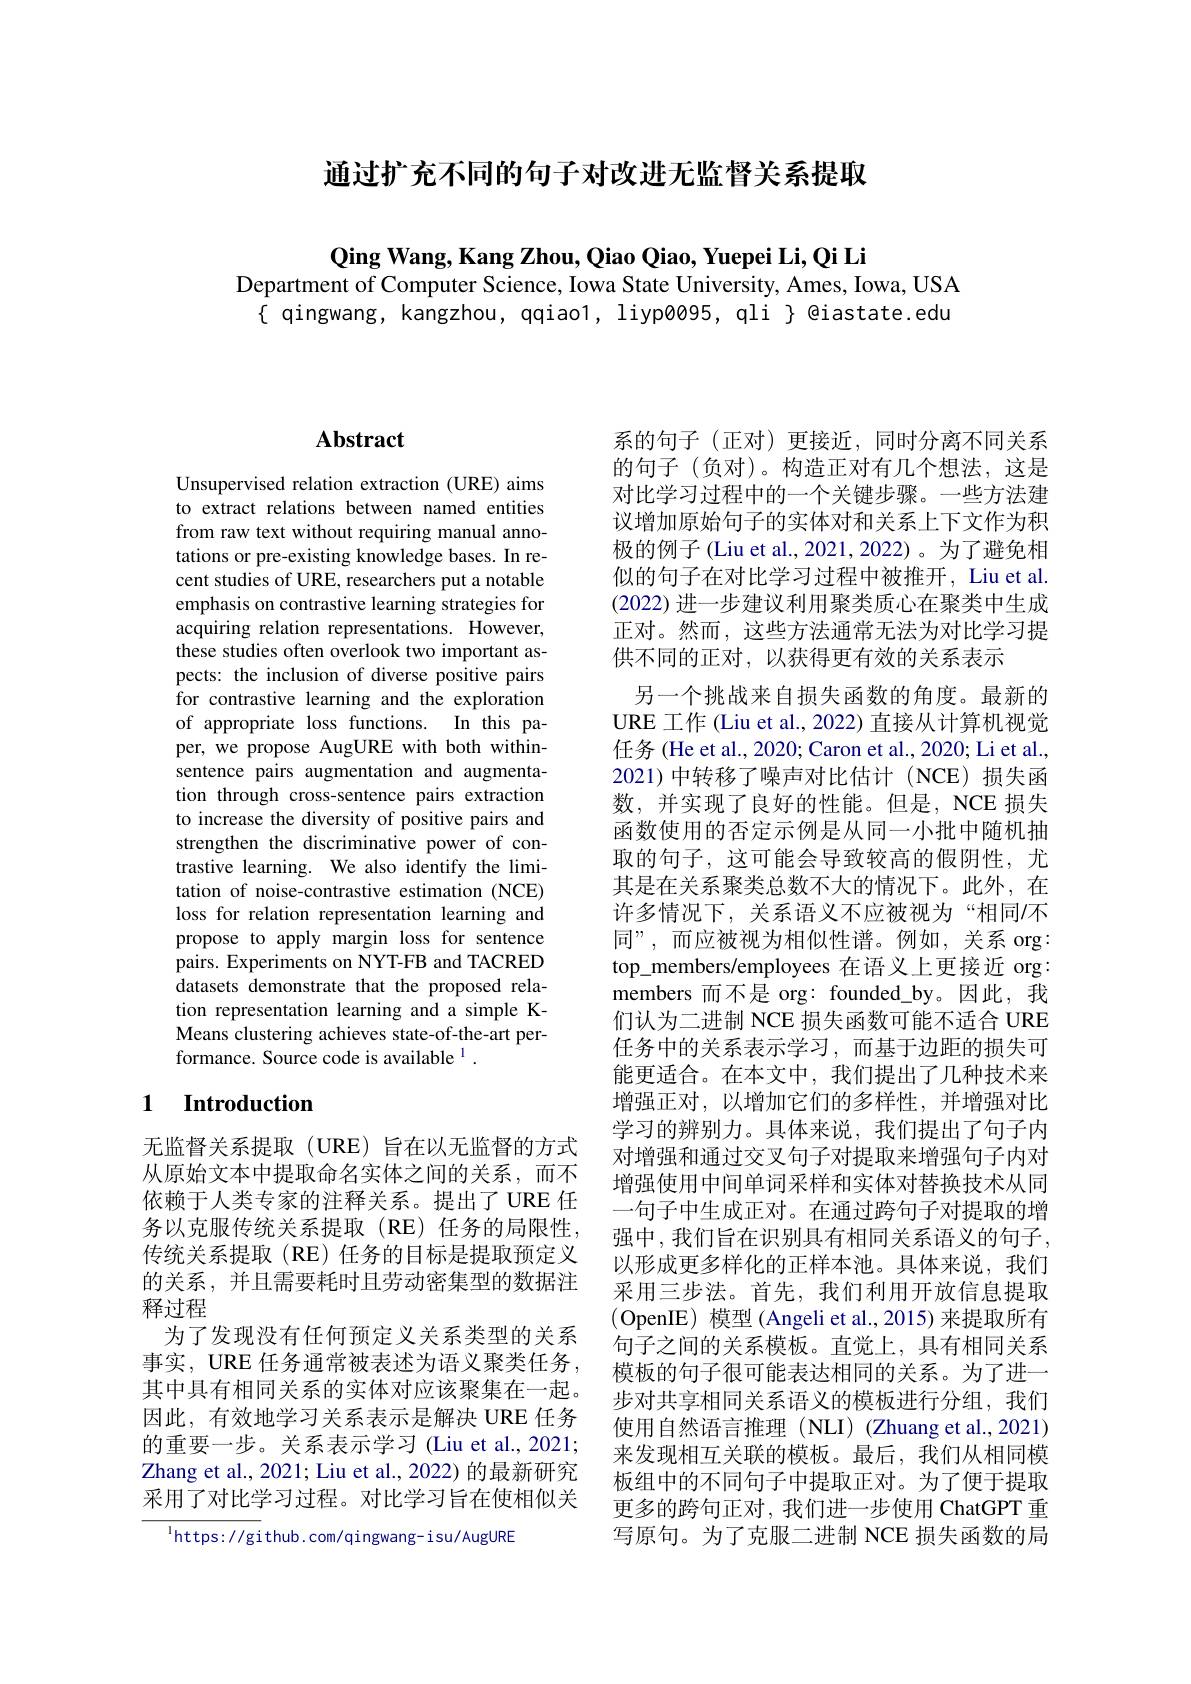
通过扩充不同的句子对改进无监督关系提取

$\textbf{Qing Wang, Kang Zhou, Qiao Qiao, Yuepei Li, Qi Li}$

Department of Computer Science, Iowa State University, Ames, Iowa, USA
$\{$ qingwang, kangzhou, qqiao1, liypøø95, qli $\}$ @iastate.edu

# Abstract

Unsupervised relation extraction (URE) aims to extract relations between named entities from raw text without requiring manual annotations or pre-existing knowledge bases. In recent studies of URE, researchers put a notable emphasis on contrastive learning strategies for acquiring relation representations. However, these studies often overlook two important aspects: the inclusion of diverse positive pairs for contrastive learning and the exploration of appropriate loss functions. In this paper, we propose AugURE with both withinsentence pairs augmentation and augmentation through cross-sentence pairs extraction to increase the diversity of positive pairs and strengthen the discriminative power of contrastive learning. We also identify the limitation of noise-contrastive estimation (NCE) loss for relation representation learning and propose to apply margin loss for sentence pairs. Experiments on NYT-FB and TACRED datasets demonstrate that the proposed relation representation learning and a simple KMeans clustering achieves state-of-the-art performance. Source code is available $^1.$

### 1 $\textbf{Introduction}$

无监督关系提取(URE)旨在以无监督的方式从原始文本中提取命名实体之间的关系，而不依赖于人类专家的注释关系。提出了URE 任务以克服传统关系提取(RE)任务的局限性， 传统关系提取(RE)任务的目标是提取预定义的关系，并且需要耗时且劳动密集型的数据注释过程
为了发现没有任何预定义关系类型的关系事实，URE 任务通常被表述为语义聚类任务， 其中具有相同关系的实体对应该聚集在一起。因此，有效地学习关系表示是解决 URE 任务的重要一步。关系表示学习 (Liu et al., 2021; Zhang et al., 2021; Liu et al., 2022) 的最新研究采用了对比学习过程。对比学习旨在使相似关

$^{\mathrm{l}}$https://github.com/qingwang-isu/AugURE

系的句子(正对)更接近，同时分离不同关系的句子(负对)。构造正对有几个想法，这是对比学习过程中的一个关键步骤。一些方法建议增加原始句子的实体对和关系上下文作为积极的例子 (Liu et al., 2021, 2022)。为了避免相似的句子在对比学习过程中被推开，Liu et al. (2022) 进一步建议利用聚类质心在聚类中生成正对。然而，这些方法通常无法为对比学习提供不同的正对，以获得更有效的关系表示
另一个挑战来自损失函数的角度。最新的URE 工作 (Liu et al., 2022) 直接从计算机视觉任务 (He et al., 2020; Caron et al., 2020; Li et al., 2021)中转移了噪声对比估计(NCE)损失函数，并实现了良好的性能。但是，NCE 损失函数使用的否定示例是从同一小批中随机抽取的句子，这可能会导致较高的假阴性，尤其是在关系聚类总数不大的情况下。此外，在许多情况下，关系语义不应被视为“相同/不同”,而应被视为相似性谱。例如，关系 org: top\_members/employees 在语义上更接近 org: members 而不是 org: founded\_by。因此，我们认为二进制 NCE 损失函数可能不适合 URE 任务中的关系表示学习，而基于边距的损失可能更适合。在本文中，我们提出了几种技术来增强正对，以增加它们的多样性，并增强对比学习的辨别力。具体来说，我们提出了句子内对增强和通过交叉句子对提取来增强句子内对增强使用中间单词采样和实体对替换技术从同一句子中生成正对。在通过跨句子对提取的增强中，我们旨在识别具有相同关系语义的句子， 以形成更多样化的正样本池。具体来说，我们采用三步法。首先，我们利用开放信息提取(OpenIE) 模型 (Angeli et al., 2015) 来提取所有句子之间的关系模板。直觉上，具有相同关系模板的句子很可能表达相同的关系。为了进一步对共享相同关系语义的模板进行分组，我们使用自然语言推理(NLI)(Zhuang et al.,2021) 来发现相互关联的模板。最后，我们从相同模板组中的不同句子中提取正对。为了便于提取更多的跨句正对，我们进一步使用 ChatGPT 重写原句。为了克服二进制 NCE 损失函数的局